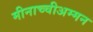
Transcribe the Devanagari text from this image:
मीनाच्चीअम्मन